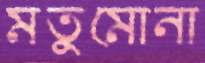
মতুমোনা